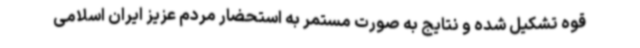
قوه تشکیل شده و نتایج به صورت مستمر به استحضار مردم عزیز ایران اسلامی